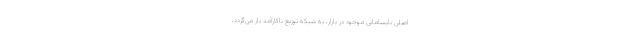
اصلی نابسامانی موجود در بازار، به شبکه توزیع ناکارآمد باز می‌گردد،